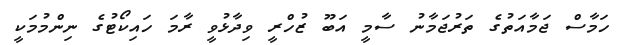
ހަމާސް ޖަމާއަތުގެ ތަރުޖަމާނު ސާމީ އަބޫ ޒުހްރީ ވިދާޅުވީ ރާމަ ހައިކޯޓުގެ ނިންމުމަކީ